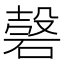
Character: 𥔼